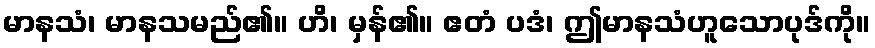
မာနသံ၊ မာနသမည်၏။ ဟိ၊ မှန်၏။ ဧတံ ပဒံ၊ ဤမာနသံဟူသောပုဒ်ကို။